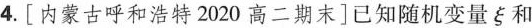
4.[内蒙古呼和浩特2020高二期末]已知随机变量ξ和